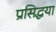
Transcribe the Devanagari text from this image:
प्रसिद्धया